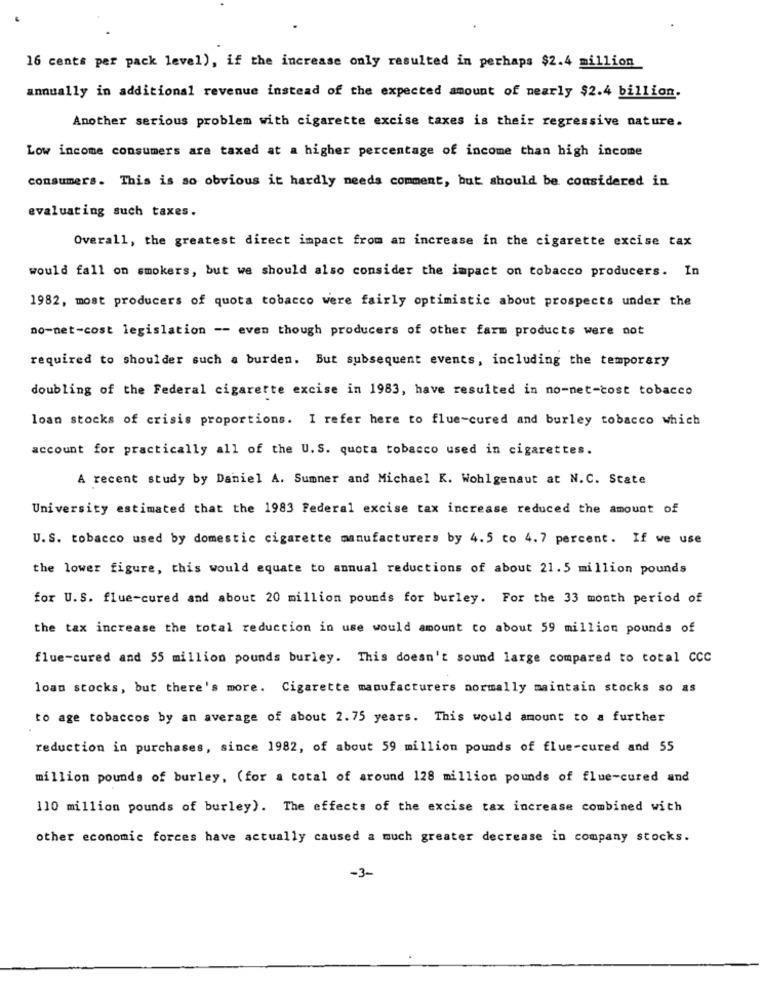
16 cents per pack level), if the increase only resulted in perhaps $2.4 million
annually in additional revenue instead of the expected amount of nearly $2.4 billion.
Another serious problem with cigarette excise taxes is their regressive nature.
Low income consumers are taxed at a higher percentage of income than high income
consumers. This is so obvious it hardly needs comment, but should be considered in
evaluating such taxes.
Overall, the greatest direct impact from an increase in the cigarette excise tax
would fall on smokers, but we should also consider the impact on tobacco producers. In
1982, most producers of quota tobacco were fairly optimistic about prospects under the
no-net-cost legislation -- even though producers of other farm products were not
required to shoulder such a burden. But subsequent events, including the temporary
doubling of the Federal cigarette excise in 1983, have resulted in no-net-cost tobacco
loan stocks of crisis proportions. I refer here to flue-cured and burley tobacco which
account for practically all of the U.S. quota tobacco used in cigarettes.
A recent study by Daniel A. Sumner and Michael K. Wohlgenaut at N.C. State
University estimated that the 1983 Federal excise tax increase reduced the amount of
U.S. tobacco used by domestic cigarette manufacturers by 4.5 to 4.7 percent. If we use
the lower figure, this would equate to annual reductions of about 21.5 million pounds
for U.S. flue-cured and about 20 million pounds for burley. For the 33 month period of
the tax increase the total reduction in use would amount co about 59 million pounds of
flue-cured and 55 million pounds burley. This doesn't sound large compared to total CCC
loan stocks, but there's more. Cigarette manufacturers normally maintain stocks so as
to age tobaccos by an average of about 2.75 years. This would amount to a further
reduction in purchases, since 1982, of about 59 million pounds of flue-cured and 55
million pounds of burley, (for a total of around 128 million pounds of flue-cured and
110 million pounds of burley). The effects of the excise tax increase combined with
other economic forces have actually caused a much greater decrease in company stocks.
-3-